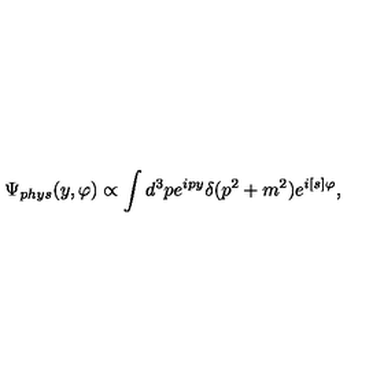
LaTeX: \Psi _ { p h y s } ( y , \varphi ) \propto \int d ^ { 3 } p e ^ { i p y } \delta ( p ^ { 2 } + m ^ { 2 } ) e ^ { i [ s ] \varphi } ,